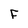
Character: F